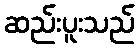
ဆည်းပူးသည်